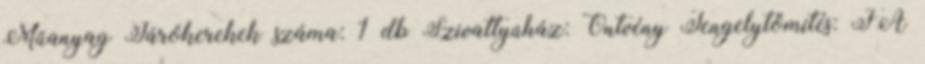
Műanyag Járókerekek száma: 1 db Szivattyúház: Öntvény Tengelytömítés: FA